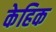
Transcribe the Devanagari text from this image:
केहिक